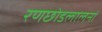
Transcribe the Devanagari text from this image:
रणछोडलालनां